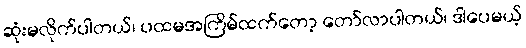
ဆုံးမလိုက်ပါတယ်၊ ပထမအကြိမ်ထက်တော့ တော်လာပါတယ်၊ ဒါပေမယ့်